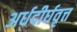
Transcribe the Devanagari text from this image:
अर्धदीर्घवृत्त